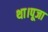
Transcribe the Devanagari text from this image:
था।पूजा